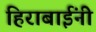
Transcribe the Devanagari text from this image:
हिराबाईंनी